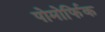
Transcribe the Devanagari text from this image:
पोमोर्फिक